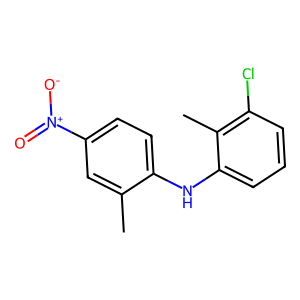
SMILES: Cc1cc([N+](=O)[O-])ccc1Nc1cccc(Cl)c1C
Inhibits HIV replication: No